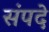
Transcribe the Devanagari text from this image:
संपदे